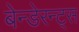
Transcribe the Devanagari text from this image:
बेन्डेरन्ट्स